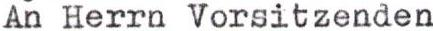
An Herrn Vorsitzenden